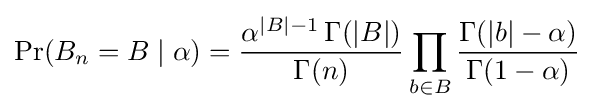
\Pr(B_{n}=B\mid \alpha )={\frac {\alpha ^{|B|-1}\,\Gamma (|B|)}{\Gamma (n)}}\prod _{b\in B}{\frac {\Gamma (|b|-\alpha )}{\Gamma (1-\alpha )}}